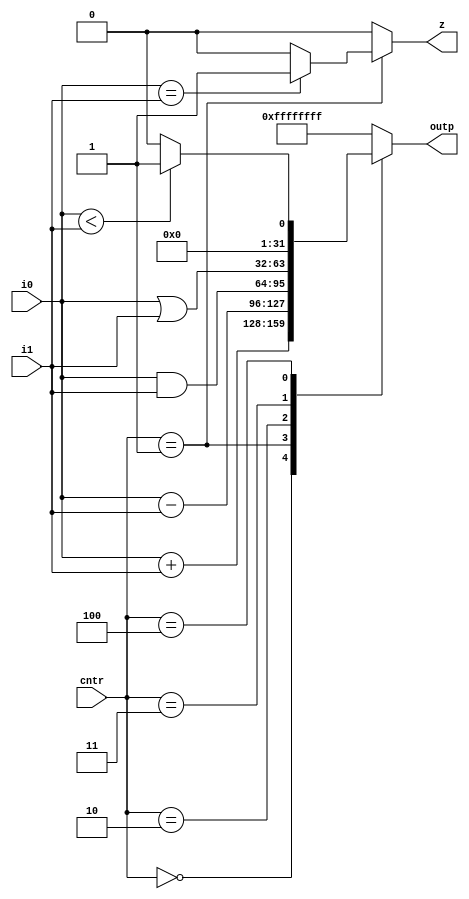
module ALU(outp,z,i0,i1,cntr);
    
    output [31:0] outp;
    output z;
    input [31:0] i0,i1;
    input [2:0] cntr;
    reg [31:0] outp;
    reg z;

    always@(i0 or i1 or cntr) 
          begin
           z<=0;
            case(cntr)
              
              3'b000: outp<=i0+i1;//add
              3'b001: begin
                      outp<=i0-i1;//sub
                      if (i0==i1)  
                        begin
                          z<=1;
                        end
                      end
              3'b010: outp<=i0&i1;//and
              3'b011: outp<=i0|i1;//or
              3'b100: begin
                      if(i0<i1)
                        outp<=1;
                      else
                        outp<=0;
                      end //slt
              default: outp<= 32'hffff_ffff;
              
              endcase
          end

endmodule